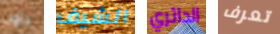
داون الشيف الدائري تعرف